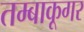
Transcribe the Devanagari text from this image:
तम्बाकूगर